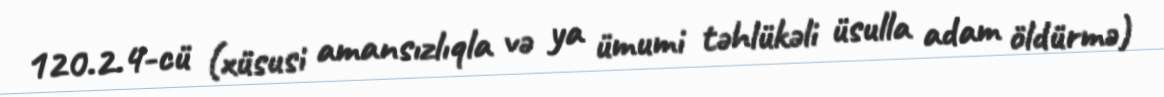
120.2.4-cü (xüsusi amansızlıqla və ya ümumi təhlükəli üsulla adam öldürmə)